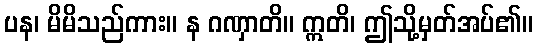
ပန၊ မိမိသည်ကား။ န ဂဏှာတိ။ ဣတိ၊ ဤသို့မှတ်အပ်၏။